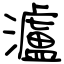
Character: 瀘